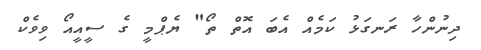
ދިނުންހާ ރަނގަޅު ކަމެއް އެބަ އޮތް ތޯ" ޔެޕްމީ ގެ ސީއީއޯ ވިވެކް